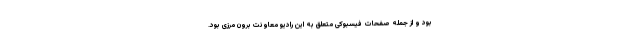
بود و از جمله صفحات فیسبوکی متعلق به این رادیو معاونت برون مرزی بود.